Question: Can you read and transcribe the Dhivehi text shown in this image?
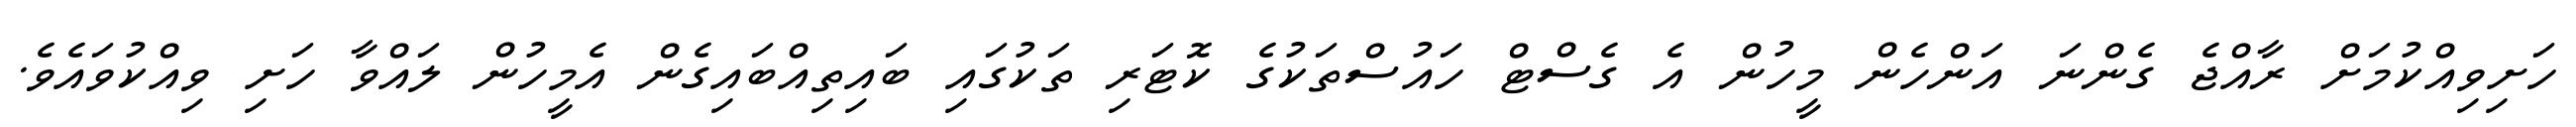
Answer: ހަށިވިއްކުމަށް ރާއްޖެ ގެންނަ އަންހެން މީހުން އެ ގެސްޓް ހައުސްތަކުގެ ކޮޓަރި ތަކުގައި ބައިތިއްބައިގެން އެމީހުން ލައްވާ ހަށި ވިއްކުވައެވެ.